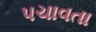
પચાવતા